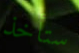
ستأخذ